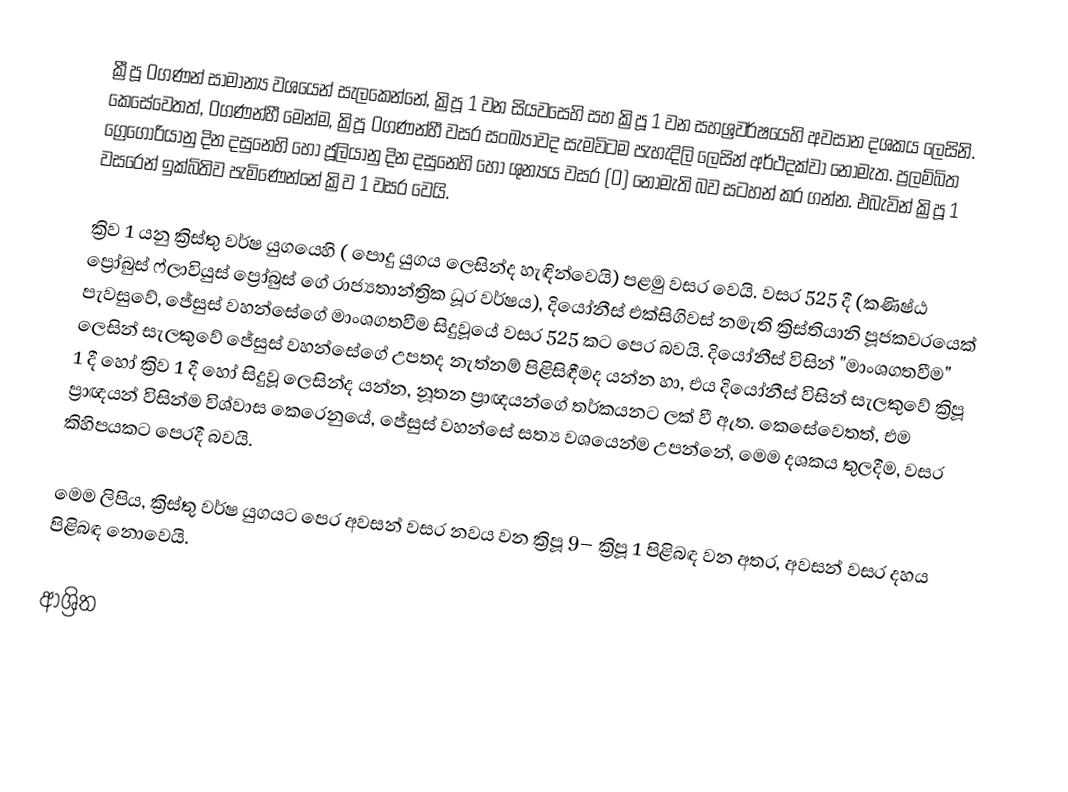
ක්‍රීපූ 0ගණන් සාමාන්‍ය වශයෙන් සැලකෙන්නේ,    ක්‍රිපූ 1 වන සියවසෙහි සහ  ක්‍රිපූ 1 වන සහශ්‍රවර්ෂයෙහි  අවසාන දශකය ලෙසිනි. කෙසේවෙතත්, 0ගණන්හී මෙන්ම, ක්‍රිපූ 0ගණන්හී වසර සංඛ්‍යාවද සැමවිටම පැහැදිලි ලෙසින් අර්ථදක්වා නොමැත.  ප්‍රලම්බිත ග්‍රෙගෝරියානු දින දසුනෙහි හෝ ජූලියානු දින දසුනෙහි හෝ ශුන්‍යය වසර (0) නොමැති බව සටහන් කර ගන්න. එබැවින් ක්‍රිපූ 1 වසරෙන් ඉක්බිතිව පැමිණෙන්නේ ක්‍රිව  1 වසර වෙයි.

ක්‍රිව 1 යනු  ක්‍රිස්තු වර්ෂ යුගයෙහි ( පොදු යුගය ලෙසින්ද හැඳින්වෙයි) පළමු වසර වෙයි. වසර  525 දී (කණිෂ්ඨ ප්‍රෝබුස් ෆ්ලාවියුස් ප්‍රෝබුස් ගේ රාජ්‍යතාන්ත්‍රික ධූර වර්ෂය), දියෝනීස් එක්සිගිවස් නමැති ක්‍රිස්තියානි පූජකවරයෙක් පැවසුවේ,  ජේසුස් වහන්සේගේ මාංශගතවීම සිදුවූයේ වසර 525 කට පෙර බවයි.  දියෝනීස් විසින් "මාංශගතවීම"  ලෙසින් සැලකුවේ ජේසුස් වහන්සේගේ  උපතද නැත්නම් පිළිසිඳීමද යන්න හා, එය දියෝනීස් විසින් සැලකුවේ ක්‍රිපූ 1 දී හෝ ක්‍රිව 1 දී හෝ සිදුවූ ලෙසින්ද යන්න, නූතන ප්‍රාඥයන්ගේ තර්කයනට ලක් වී ඇත. කෙසේවෙතත්, එම ප්‍රාඥයන් විසින්ම විශ්වාස කෙරෙනුයේ, ජේසුස් වහන්සේ සත්‍ය වශයෙන්ම උපන්නේ, මෙම දශකය තුලදීම, වසර කිහිපයකට පෙරදී බවයි.

මෙම ලිපිය,  ක්‍රිස්තු වර්ෂ යුගයට පෙර අවසන් වසර නවය වන  ක්‍රිපූ 9– ක්‍රිපූ 1 පිළිබඳ වන අතර, අවසන් වසර දහය පිළිබඳ නොවෙයි.

ආශ්‍රිත